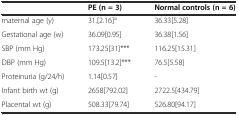
<table><thead><tr><td></td><td><b>PE (n = 3)</b></td><td><b>Normal controls (n = 6)</b></td></tr></thead><tbody><tr><td>maternal age (y)</td><td>31.[2.16]<sup>a</sup></td><td>36.33[5.28]</td></tr><tr><td>Gestational age (w)</td><td>36.09[0.95]</td><td>36.38[1.56]</td></tr><tr><td>SBP (mm Hg)</td><td>173.25[31]***</td><td>116.25[15.31]</td></tr><tr><td>DBP (mm Hg)</td><td>109.5[13.2]***</td><td>76.5[5.58]</td></tr><tr><td>Proteinuria (g/24/h)</td><td>1.14[0.57]</td><td>-</td></tr><tr><td>Infant birth wt (g)</td><td>2658[792.02]</td><td>2722.5[434.79]</td></tr><tr><td>Placental wt (g)</td><td>508.33[79.74]</td><td>526.80[94.17]</td></tr></tbody></table>